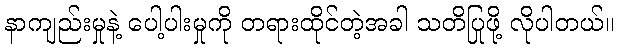
နာကျည်းမှုနဲ့ ပေါ့ပါးမှုကို တရားထိုင်တဲ့အခါ သတိပြုဖို့ လိုပါတယ်။